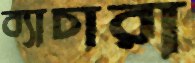
ব্যাচারা